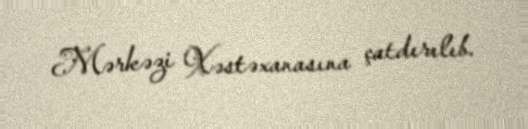
Mərkəzi Xəstəxanasına çatdırılıb.